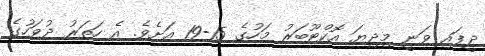
ދީފައި ވަނީ މިދިޔަ އޮކްޓޫބަރު މަހުގެ 15-19 އަށެވެ. އެ ހަތަރު ދުވަހުގެ